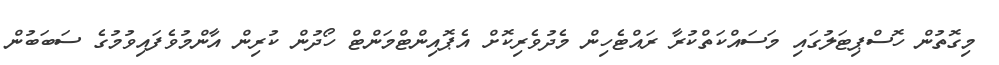
މިގޮތުން ހޮސްޕިޓަލުގައި މަސައްކަތްކުރާ ރައްޓެހިން މެދުވެރިކޮށް އެޕޮއިންޓްމަންޓް ހޯދުން ކުރިން އާންމުވެފައިވުމުގެ ސަބަބުން